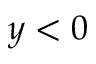
y < 0